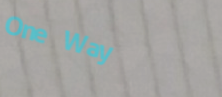
One Way